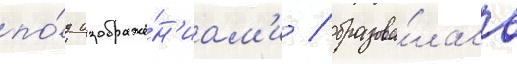
по́д изображе́н'иам'и / образова́лась